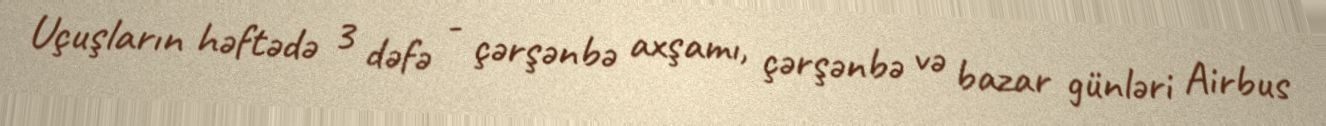
Uçuşların həftədə 3 dəfə - çərşənbə axşamı, çərşənbə və bazar günləri Airbus